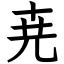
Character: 尭